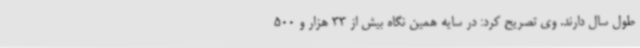
طول سال دارند. وی تصریح کرد: در سایه همین نگاه بیش از 33 هزار و 500